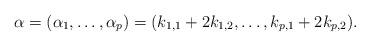
LaTeX: \begin{align*}\alpha = (\alpha_1,\ldots,\alpha_p) = (k_{1,1}+2k_{1,2},\ldots,k_{p,1}+2k_{p,2}).\end{align*}